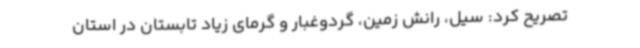
تصریح کرد: سیل، رانش زمین، گردوغبار و گرمای زیاد تابستان در استان